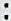
: